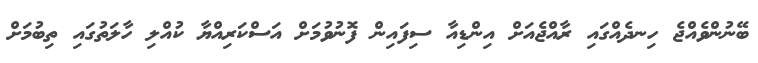
ބޭނުންވެއްޖެ ހިނދެއްގައި ރާއްޖެއަށް އިންޑިއާ ސިފައިން ފޮނުވުމަށް އަސްކަރިއްޔާ ކުއްލި ހާލަތުގައި ތިބުމަށް